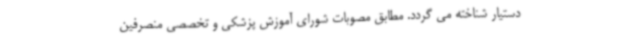
دستیار شناخته می گردد. مطابق مصوبات شورای آموزش پزشکی و تخصصی منصرفین